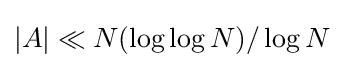
|A|\ll N(\log {\log {N}})/\log {N}